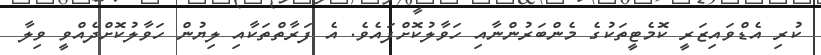
ކުރި އެޑްވައިޒަރީ ކޮމެޓީތަކުގެ މެންބަރުންނާއި ހަވާލުކޮށްފައެވެ. އެ ފަރާތްތަކާއި ލިޔުން ހަވާލުކޮށްދެއްވީ ވިލާ